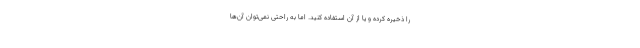
را ذخیره کرده و یا از آن استفاده کنید. اما به راحتی نمی‌توان آن‌ها